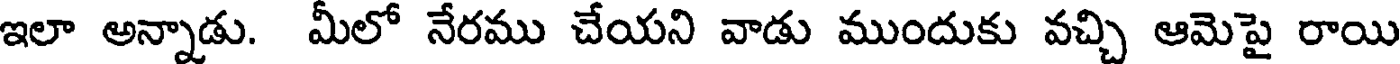
ఇలా అన్నాడు. మీలో నేరము చేయని వాడు ముందుకు వచ్చి ఆమెపై రాయి